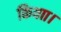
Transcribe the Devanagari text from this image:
कियाा।